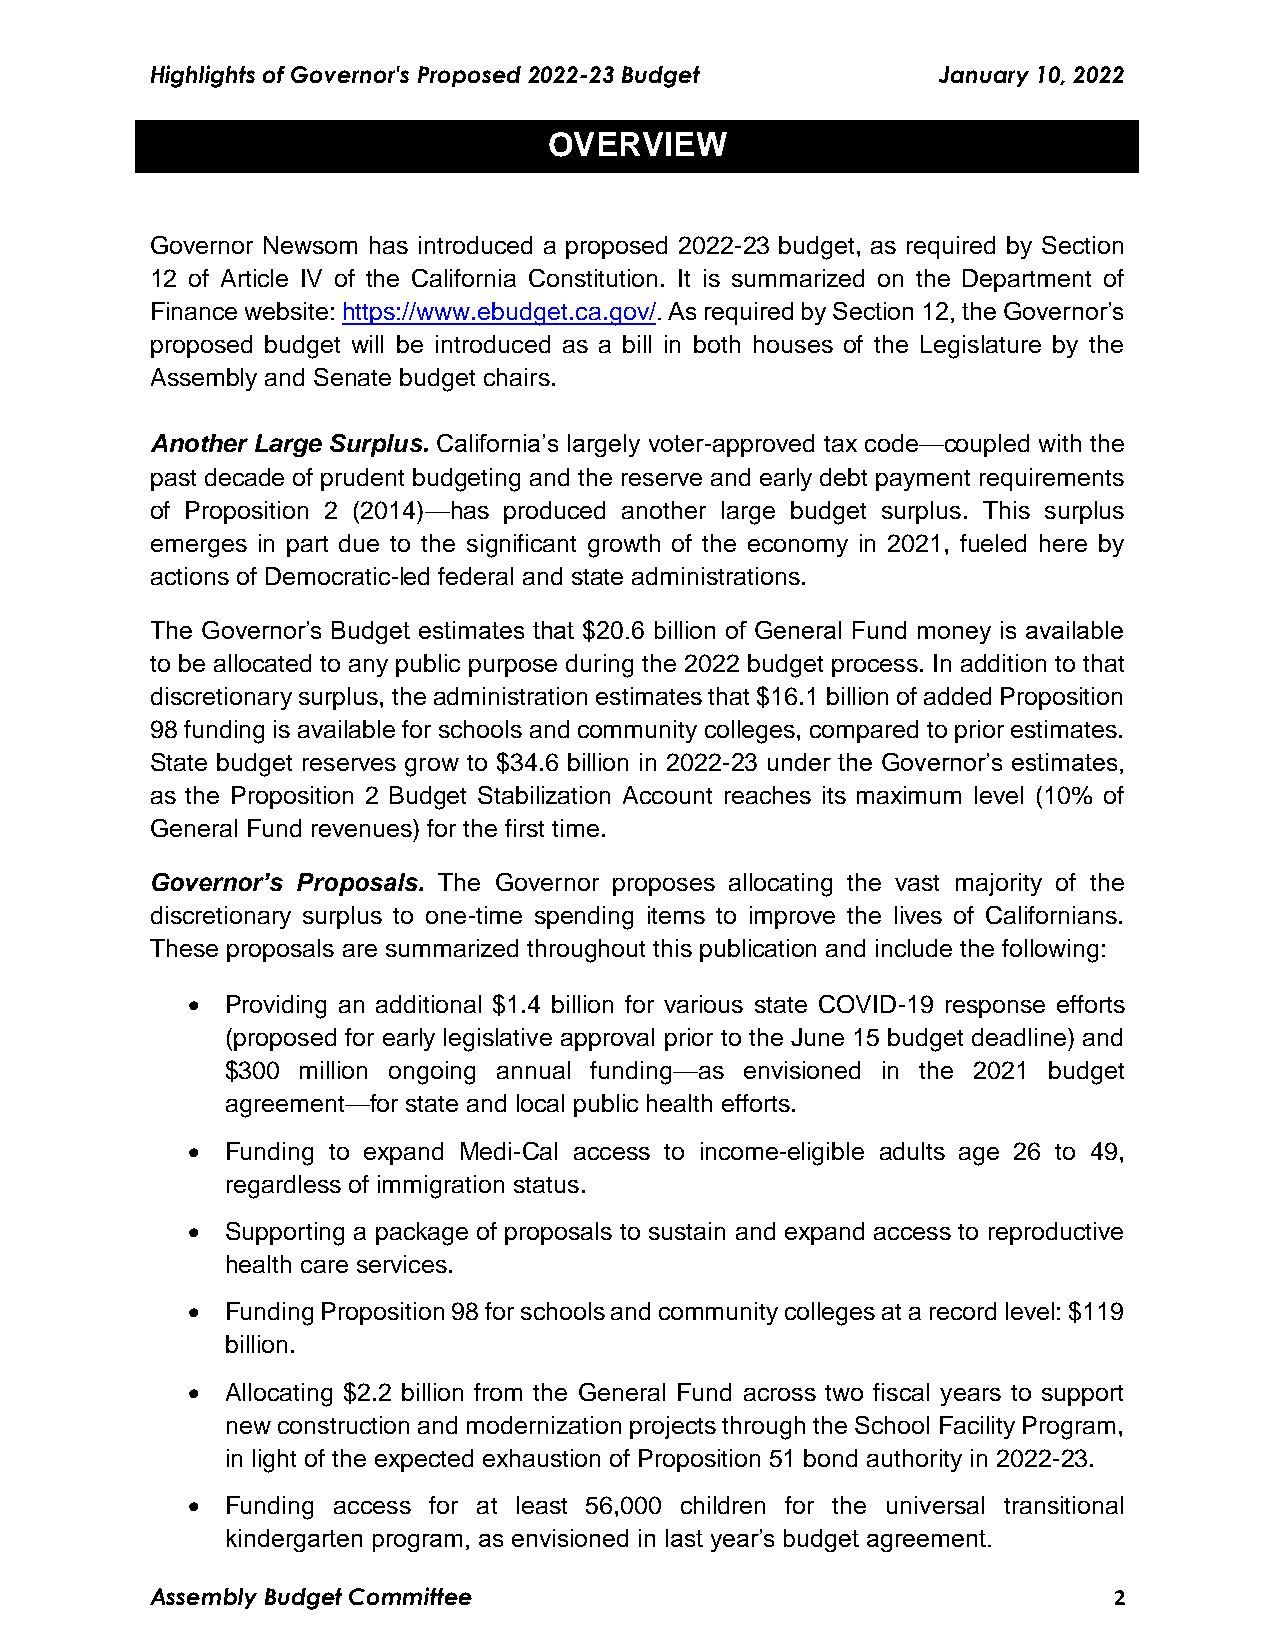
Highlights of Governor's Proposed 2022-23 Budget    January 10, 2022
 OVERVIEW
 Governor Newsom has introduced a proposed 2022-23 budget, as required by Section
 12 of Article IV of the California Constitution. It is summarized on the Department of
 Finance website: https://www.ebudget.ca.gov/. As required by Section 12, the Governor’s
 proposed budget will be introduced as a bill in both houses of the Legislature by the
 Assembly and Senate budget chairs.
 Another Large Surplus. California’s largely voter-approved tax code—coupled with the
 past decade of prudent budgeting and the reserve and early debt payment requirements
 of Proposition 2 (2014)—has produced another large budget surplus. This surplus
 emerges in part due to the significant growth of the economy in 2021, fueled here by
 actions of Democratic-led federal and state administrations.
 The Governor’s Budget estimates that $20.6 billion of General Fund money is available
 to be allocated to any public purpose during the 2022 budget process. In addition to that
 discretionary surplus, the administration estimates that $16.1 billion of added Proposition
 98 funding is available for schools and community colleges, compared to prior estimates.
 State budget reserves grow to $34.6 billion in 2022-23 under the Governor’s estimates,
 as the Proposition 2 Budget Stabilization Account reaches its maximum level (10% of
 General Fund revenues) for the first time.
 Governor’s Proposals. The Governor proposes allocating the vast majority of the
 discretionary surplus to one-time spending items to improve the lives of Californians.
 These proposals are summarized throughout this publication and include the following:
   Providing an additional $1.4 billion for various state COVID-19 response efforts
 (proposed for early legislative approval prior to the June 15 budget deadline) and
 $300 million ongoing annual funding—as envisioned in the 2021 budget
 agreement—for state and local public health efforts.
   Funding to expand Medi-Cal access to income-eligible adults age 26 to 49,
 regardless of immigration status.
   Supporting a package of proposals to sustain and expand access to reproductive
 health care services.
   Funding Proposition 98 for schools and community colleges at a record level: $119
 billion.
   Allocating $2.2 billion from the General Fund across two fiscal years to support
 new construction and modernization projects through the School Facility Program,
 in light of the expected exhaustion of Proposition 51 bond authority in 2022-23.
   Funding access for at least 56,000 children for the universal transitional
 kindergarten program, as envisioned in last year’s budget agreement.
 Assembly Budget Committee                                       2